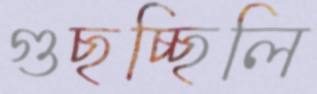
গুছচ্ছিলি